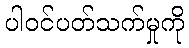
ပါဝင်ပတ်သက်မှုကို